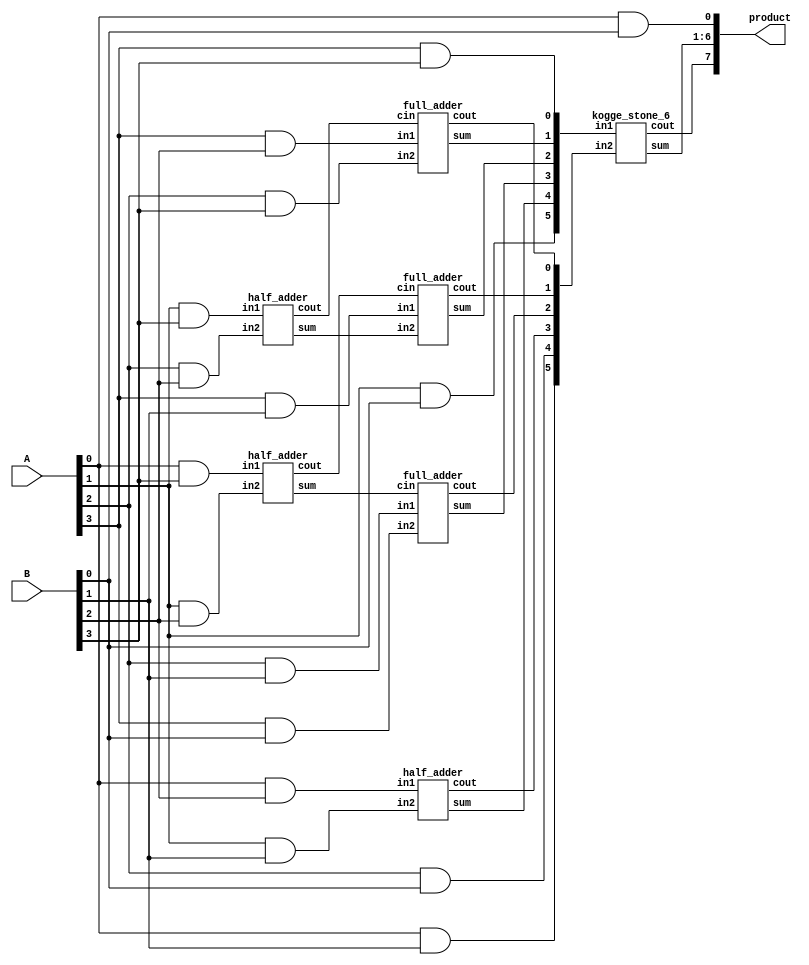
module dadda_unsigned_multiplier_KS_4(product, A, B);
    input [3:0] A, B;
    output [7:0] product;

    /* This is a dadda implementation of a 4bit multiplier which uses 
     * kogge-stone in the final addition of last two rows.
     * Area: 267.500992
     * Power: 9.6507e-02mW
     * Timing: 0.59ns
     */

    wire [3:0] pp0, pp1, pp2, pp3;

    and AND01(pp0[0], A[0], B[0]);
    and AND02(pp0[1], A[1], B[0]);
    and AND03(pp0[2], A[2], B[0]);
    and AND04(pp0[3], A[3], B[0]);
    and AND05(pp1[0], A[0], B[1]);
    and AND06(pp1[1], A[1], B[1]);
    and AND07(pp1[2], A[2], B[1]);
    and AND08(pp1[3], A[3], B[1]);
    and AND09(pp2[0], A[0], B[2]);
    and AND10(pp2[1], A[1], B[2]);
    and AND11(pp2[2], A[2], B[2]);
    and AND12(pp2[3], A[3], B[2]);
    and AND13(pp3[0], A[0], B[3]);
    and AND14(pp3[1], A[1], B[3]);
    and AND15(pp3[2], A[2], B[3]);
    and AND16(pp3[3], A[3], B[3]);

    assign product[0] = pp0[0];

    /* First Stage */
    half_adder ha1(s11, c11, pp3[0], pp2[1]);
    half_adder ha2(s12, c12, pp3[1], pp2[2]);

    /* Second Stage */
    half_adder ha3(s21, c21, pp2[0], pp1[1]);
    full_adder fa1(s22, c22, pp1[2], pp0[3], s11);
    full_adder fa2(s23, c23, pp1[3], s12,    c11);
    full_adder fa3(s24, c24, pp2[3], pp3[2], c12);


    wire [5:0] s, in_1, in_2;
    wire c;
    assign in_1 = {pp0[1],s21,s22,s23,s24,pp3[3]};
    assign in_2 = {pp1[0],pp0[2],c21,c22,c23,c24};
    kogge_stone_6 KS(s, c, in_1, in_2);

    assign product[7] = c;
    assign product[1] = s[0];
    assign product[2] = s[1];
    assign product[3] = s[2];
    assign product[4] = s[3];
    assign product[5] = s[4];
    assign product[6] = s[5];
endmodule

module half_adder(output wire sum,
                  output wire cout,
                  input wire in1,
                  input wire in2);
    xor(sum, in1, in2);
    and(cout, in1, in2);
endmodule

module full_adder(output wire sum,
                  output wire cout,
                  input wire in1,
                  input wire in2,
                  input wire cin);
    wire temp1;
    wire temp2;
    wire temp3;
    xor(sum, in1, in2, cin);
    and(temp1,in1,in2);
    and(temp2,in1,cin);
    and(temp3,in2,cin);
    or(cout,temp1,temp2,temp3);
endmodule

module kogge_stone_6(sum, cout, in1, in2);
    input [5:0] in1, in2; //input
    output [5:0] sum; //output
    output cout; //carry-out
    wire [5:0] G_Z, P_Z, //wires
    G_A, P_A,
    G_B, P_B,
    G_C, P_C,
    G_D, P_D;

    assign P_Z[0]  = in1[5]  ^ in2[5];
    assign P_Z[1]  = in1[4]  ^ in2[4];
    assign P_Z[2]  = in1[3]  ^ in2[3];
    assign P_Z[3]  = in1[2]  ^ in2[2];
    assign P_Z[4]  = in1[1]  ^ in2[1];
    assign P_Z[5]  = in1[0]  ^ in2[0];

    assign G_Z[0]  = in1[5]  & in2[5];
    assign G_Z[1]  = in1[4]  & in2[4];
    assign G_Z[2]  = in1[3]  & in2[3];
    assign G_Z[3] = in1[2]  & in2[2];
    assign G_Z[4] = in1[1]  & in2[1];
    assign G_Z[5] = in1[0]  & in2[0];

    /*level 1*/
    assign G_A[0] = G_Z[0];
    black_cell level_1A(G_Z[0],  P_Z[1],  G_Z[1],  P_Z[0],  G_A[1],  P_A[1]);
    black_cell level_2A(G_Z[1],  P_Z[2],  G_Z[2],  P_Z[1],  G_A[2],  P_A[2]);
    black_cell level_3A(G_Z[2],  P_Z[3],  G_Z[3],  P_Z[2],  G_A[3],  P_A[3]);
    black_cell level_4A(G_Z[3],  P_Z[4],  G_Z[4],  P_Z[3],  G_A[4],  P_A[4]);
    black_cell level_5A(G_Z[4],  P_Z[5],  G_Z[5],  P_Z[4],  G_A[5],  P_A[5]);


    /*level 2*/
    assign G_B[1] = G_A[1];
    gray_cell level_2B(G_A[0],   P_A[2],  G_A[2],  G_B[2]);
    black_cell level_3B(G_A[1],  P_A[3],  G_A[3],  P_A[1],  G_B[3],  P_B[3]);
    black_cell level_4B(G_A[2],  P_A[4],  G_A[4],  P_A[2],  G_B[4],  P_B[4]);
    black_cell level_5B(G_A[3],  P_A[5],  G_A[5],  P_A[3],  G_B[5],  P_B[5]);


    /*level 3*/
    assign G_C[3] = G_B[3];
    gray_cell level_4C(G_A[0],   P_B[4],  G_B[4],  G_C[4]);
    gray_cell level_5C(G_B[1],   P_B[5],  G_B[5],  cout);

    /*outputs*/
    assign sum[0]  =           P_Z[0];
    assign sum[1]  = G_A[0]  ^ P_Z[1];
    assign sum[2]  = G_B[1]  ^ P_Z[2];
    assign sum[3]  = G_B[2]  ^ P_Z[3];
    assign sum[4]  = G_C[3]  ^ P_Z[4];
    assign sum[5]  = G_C[4]  ^ P_Z[5];
endmodule

module gray_cell(Gk_j, Pi_k, Gi_k, G);
    input Gk_j, Pi_k, Gi_k;
    output G;
    wire Y;
    and(Y, Gk_j, Pi_k);
    or(G, Y, Gi_k);
endmodule

module black_cell(Gk_j, Pi_k, Gi_k, Pk_j, G, P);
    input Gk_j, Pi_k, Gi_k, Pk_j;
    output G, P;
    wire Y;
    and(Y, Gk_j, Pi_k);
    or(G, Gi_k, Y);
    and(P, Pk_j, Pi_k);
endmodule